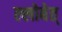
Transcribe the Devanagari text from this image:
ल्लोबेत्